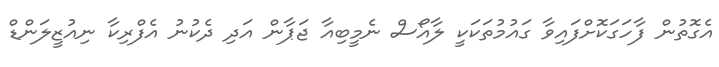
އެގޮތުން ފާހަގަކޮށްފައިވާ ގައުމުތަކަކީ ލާއޯސް ނެމީބިއާ ޖަޕާން އަދި ދެކުނު އެފްރިކާ ނިއުޒީލަންޑް